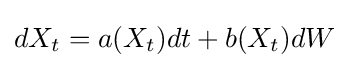
dX_{t}=a(X_{t})dt+b(X_{t})dW